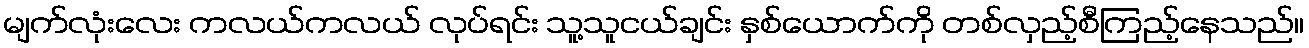
မျက်လုံးလေး ကလယ်ကလယ် လုပ်ရင်း သူ့သူငယ်ချင်း နှစ်ယောက်ကို တစ်လှည့်စီကြည့်နေသည်။